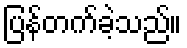
ပြန်တက်ခဲ့သည်။